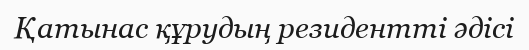
Қатынас құрудың резидентті әдісі